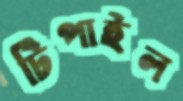
টিপাইল